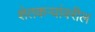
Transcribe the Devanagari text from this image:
शेतकर्‍यांवरील